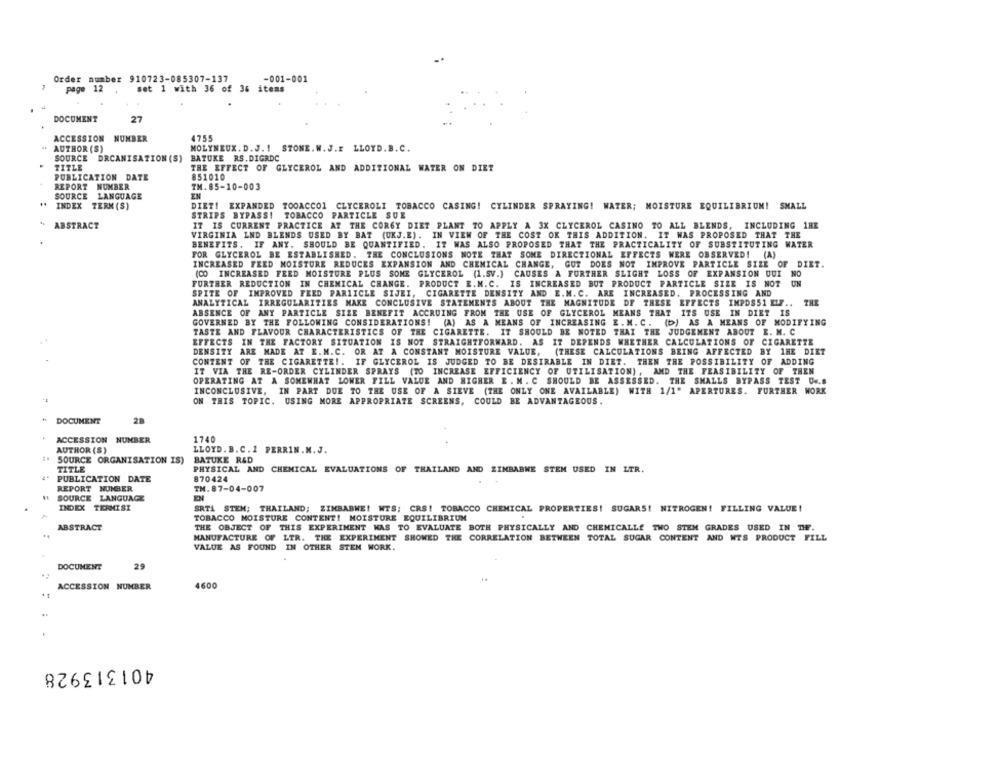
Order number 910723-085307-137
-001-001
page 12
set 1 with 36 of 36 items
DOCUMENT
27
NUMBER
ACCESSION
4755
" AUTHOR (S)
MOLYNEUX. D. J. ! STONE. W. J.I LLOYD. B. C.
SOURCE DRCANISATION (S)
BATUKE RS.DIGRDC
TITLE
THE EFFECT OF GLYCEROL AND ADDITIONAL WATER ON DIET
PUBLICATION DATE
851010
REPORT NUMBER
TM. 85-10-003
SOURCE LANGUAGE
EN
..
INDEX TERM (S)
DIET! EXPANDED TOOACCO1 CLYCEROLI TOBACCO CASING! CYLINDER SPRAYING! WATER; MOISTURE EQUILIBRIUM! SMALL
STRIPS BYPASS! TOBACCO PARTICLE SUE
ABSTRACT
IT IS CURRENT PRACTICE AT THE CORGY DIET PLANT TO APPLY A 3X CLYCEROL CASINO TO ALL BLENDS, INCLUDING 1HE
VIRGINIA LND BLENDS USED BY BAT (UKJ.E). IN VIEW OF THE COST OK THIS ADDITION. IT WAS PROPOSED THAT THE
BENEFITS. IF ANY. SHOULD BE QUANTIFIED. IT WAS ALSO PROPOSED THAT THE PRACTICALITY OF SUBSTITUTING WATER
FOR GLYCEROL BE ESTABLISHED. THE CONCLUSIONS NOTE THAT SOME DIRECTIONAL EFFECTS WERE OBSERVED! (A)
INCREASED FEED MOISTURE REDUCES EXPANSION AND CHEMICAL CHANGE, GUT DOES NOT IMPROVE PARTICLE SIZE OF DIET.
(CO INCREASED FEED MOISTURE PLUS SOME GLYCEROL (1.SV.) CAUSES A FURTHER SLIGHT LOSS OF EXPANSION UUI NO
FURTHER REDUCTION IN CHEMICAL CHANGE. PRODUCT E.M.C. IS INCREASED BUT PRODUCT PARTICLE SIZE IS NOT UN
SPITE OF IMPROVED FEED PARTICLE SIJEI, CIGARETTE DENSITY AND E.M. C. ARE INCREASED. PROCESSING AND
ANALYTICAL IRREGULARITIES MAKE CONCLUSIVE STATEMENTS ABOUT THE MAGNITUDE OF THESE EFFECTS IMPOSS1 ELF ..
THE
ABSENCE OF ANY PARTICLE SIZE BENEFIT ACCRUING FROM THE USE OF GLYCEROL MEANS THAT ITS USE IN DIET IS
GOVERNED BY THE FOLLOWING CONSIDERATIONS! (A) AS A MEANS OF INCREASING E. M. C. (b) AS A MEANS OF MODIFYING
TASTE AND FLAVOUR CHARACTERISTICS OF THE CIGARETTE. IT SHOULD BE NOTED THAI THE JUDGEMENT ABOUT E. M. C
EFFECTS IN THE FACTORY SITUATION IS NOT STRAIGHTFORWARD. AS IT DEPENDS WHETHER CALCULATIONS OF CIGARETTE
DENSITY ARE MADE AT E.M.C. OR AT A CONSTANT MOISTURE VALUE, (THESE CALCULATIONS BEING AFFECTED BY 1HE DIET
CONTENT OF THE CIGARETTE !. IF GLYCEROL IS JUDGED TO BE DESIRABLE IN DIET. THEN THE POSSIBILITY OF ADDING
IT VIA THE RE-ORDER CYLINDER SPRAYS (TO INCREASE EFFICIENCY OF UTILISATION) , AND THE FEASIBILITY OF THEN
OPERATING AT A SOMEWHAT LOWER FILL VALUE AND HIGHER E . M . C SHOULD BE ASSESSED. THE SMALLS BYPASS TEST UK.B
INCONCLUSIVE, IN PART DUE TO THE USE OF A SIEVE (THE ONLY ONE AVAILABLE) WITH 1/1" APERTURES. FURTHER WORK
ON THIS TOPIC. USING MORE APPROPRIATE SCREENS, COULD BE ADVANTAGEOUS.
DOCUMENT
ACCESSION NUMBER
1740
AUTHOR (S)
LLOYD. B. C. 1 PERRIN.M. J.
SOURCE ORGANISATION IS) BATUKE R&D
TITLE
PHYSICAL AND CHEMICAL EVALUATIONS OF THAILAND AND ZIMBABWE STEM USED IN LTR.
PUBLICATION DATE
870424
REPORT NUMBER
TH. 87-04-007
SOURCE LANGUAGE
INDEX TERMIST
SRTA STEM; THAILAND; ZIMBABWE! WTS; CRS! TOBACCO CHEMICAL PROPERTIES! SUGARS! NITROGEN! FILLING VALUE!
TOBACCO MOISTURE CONTENT! MOISTURE EQUILIBRIUM
ABSTRACT
THE OBJECT OF THIS EXPERIMENT WAS TO EVALUATE BOTH PHYSICALLY AND CHEMICALLE TWO STEN GRADES USED IN THE.
MANUFACTURE OF LTR. THE EXPERIMENT SHOWED THE CORRELATION BETWEEN TOTAL SUGAR CONTENT AND WTS PRODUCT FILL
VALUE AS FOUND IN OTHER STEM WORK.
DOCUMENT
29
4600
ACCESSION NUMBER
401313928